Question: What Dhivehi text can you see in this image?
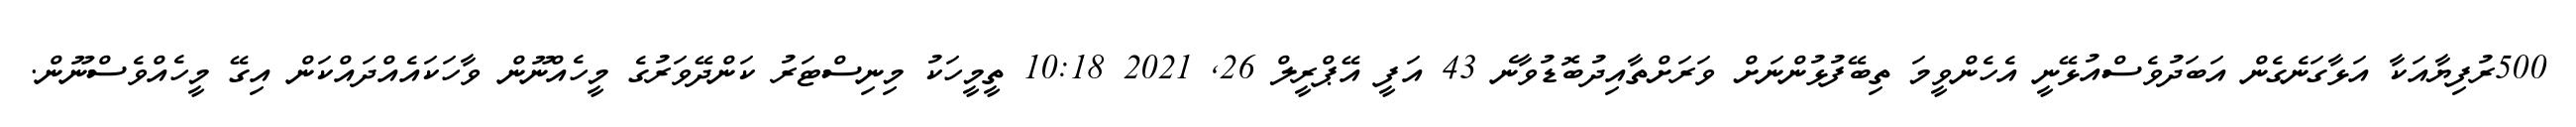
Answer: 500ރުފިޔާއަކާ އަޅާގަނެގެން އަބަދުވެސްއުޅޭނީ އެހެންވީމަ ތިބޭފުޅުންނަށް ވަރަށްތާއިދުބޮޑުވާނެ 43 އަފީ އޭޕްރީލް 26, 2021 10:18 ތީމީހަކު މިނިސްޓަރު ކަންދޭވަރުގެ މީހެއްނޫން ވާހަކައެއްދައްކަން އިގޭ މީހެއްވެސްނޫން.